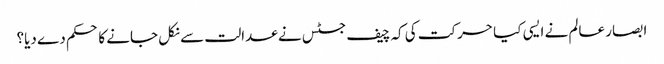
ابصار عالم نے ایسی کیا حرکت کی کہ چیف جسٹس نے عدالت سے نکل جانے کا حکم دے دیا؟